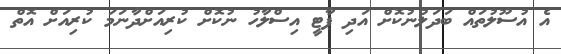
އެ އުސޫލުތައް ބަދަލުނުކޮށް އަދި ޕާޓީ އިސްލާހު ނުކޮށް ކުރިއަށްދާނަމަ ކުރިއަށް އޮތް